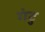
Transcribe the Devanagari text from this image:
गंटु